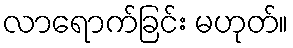
လာရောက်ခြင်း မဟုတ်။